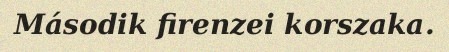
Második firenzei korszaka.